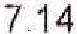
7.14